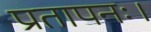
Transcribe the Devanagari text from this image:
प्रतापनः।